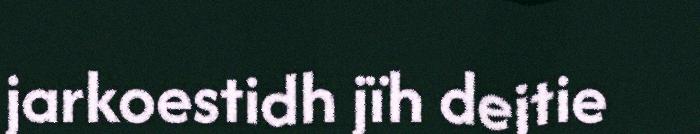
jarkoestidh jïh dejtie